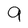
Character: 9